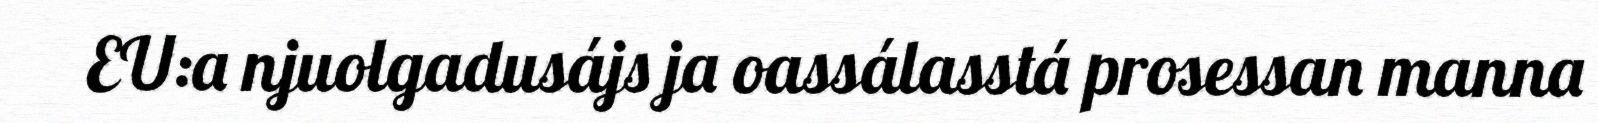
EU:a njuolgadusájs ja oassálasstá prosessan manna